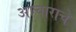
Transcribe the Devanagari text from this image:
आचाराचे